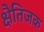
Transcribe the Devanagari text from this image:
क्षैतिजक